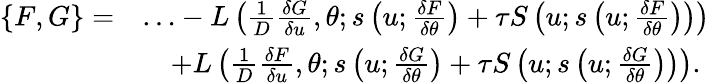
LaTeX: \begin{array}{rl}{\{ F,G\} =}&{\ldots-L\left(\frac{1}{D}\frac{\delta G}{\delta u},\theta;s\left(u;\frac{\delta F}{\delta\theta}\right)+\tau S\left(u;s\left(u;\frac{\delta F}{\delta\theta}\right)\right)\right)}\\ &{\quad+L\left(\frac{1}{D}\frac{\delta F}{\delta u},\theta;s\left(u;\frac{\delta G}{\delta\theta}\right)+\tau S\left(u;s\left(u;\frac{\delta G}{\delta\theta}\right)\right)\right).}\end{array}